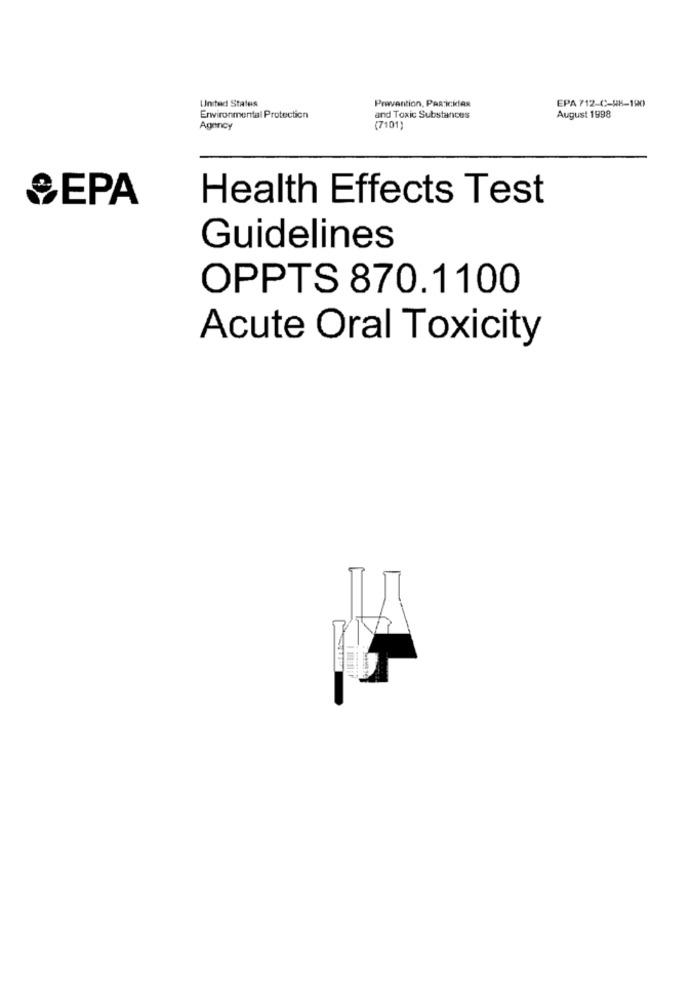
EPA 712-C-88-190
United States
Prevention, PaRickles
Environmental Protection
and Toxic Substances
August 1998
Agency
(7101)
SEPA
Health Effects Test
Guidelines
OPPTS 870.1100
Acute Oral Toxicity